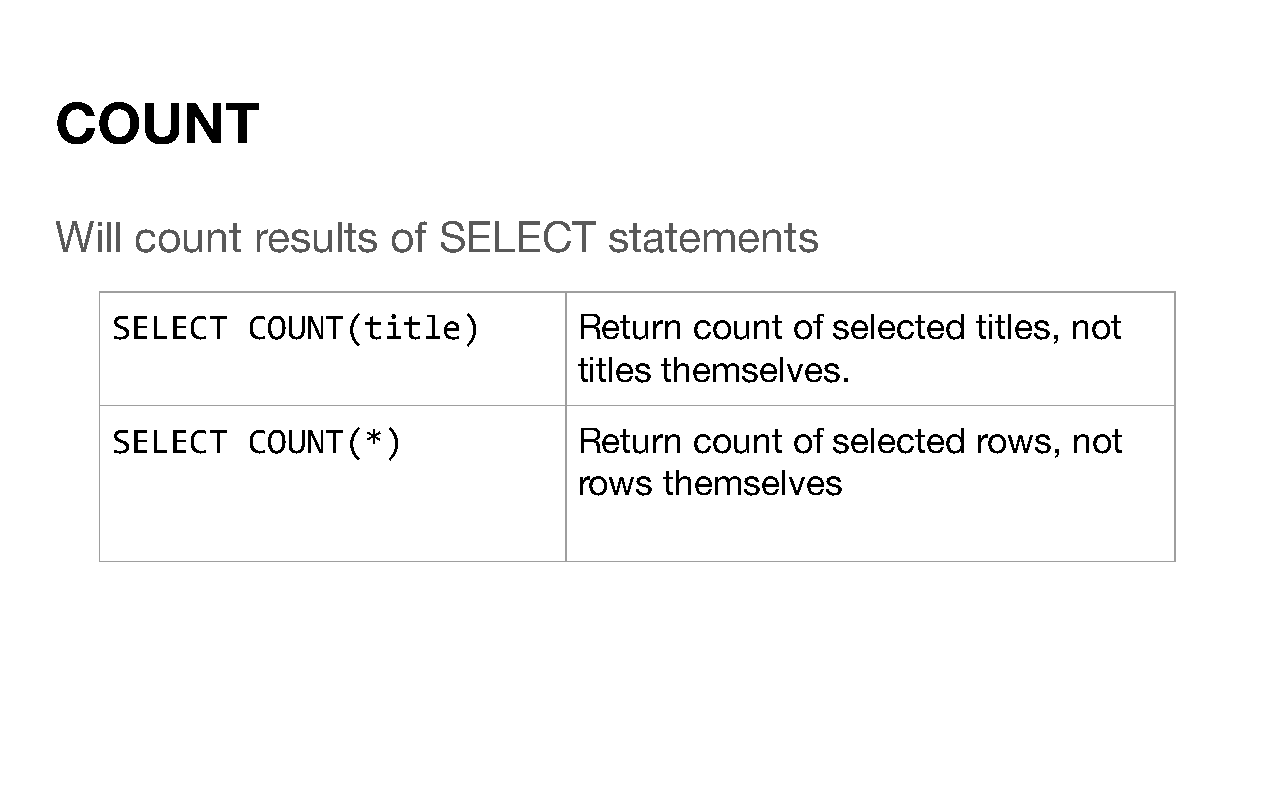
COUNT
 Will count   results  of SELECT     statements
 SELECT   COUNT(title)          Return  count of selected  titles, not
 titles themselves.
 SELECT   COUNT(*)              Return  count of selected  rows, not
 rows  themselves